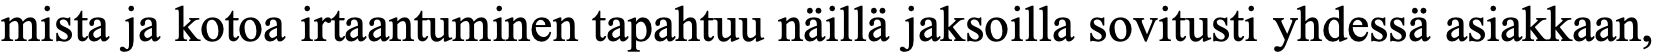
mista ja kotoa irtaantuminen tapahtuu näillä jaksoilla sovitusti yhdessä asiakkaan,